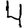
Digit: 4